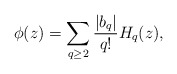
\begin{align*}\phi(z)= \sum_{q\geq 2} \frac{|b_q|}{q!} H_{q}(z),\end{align*}